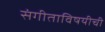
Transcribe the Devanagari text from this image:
संगीताविषयीची